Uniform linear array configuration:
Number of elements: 4
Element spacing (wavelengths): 0.5
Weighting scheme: cosine
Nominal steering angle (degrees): -30
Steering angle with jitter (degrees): -28.136
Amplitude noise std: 0.05
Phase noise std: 0.05

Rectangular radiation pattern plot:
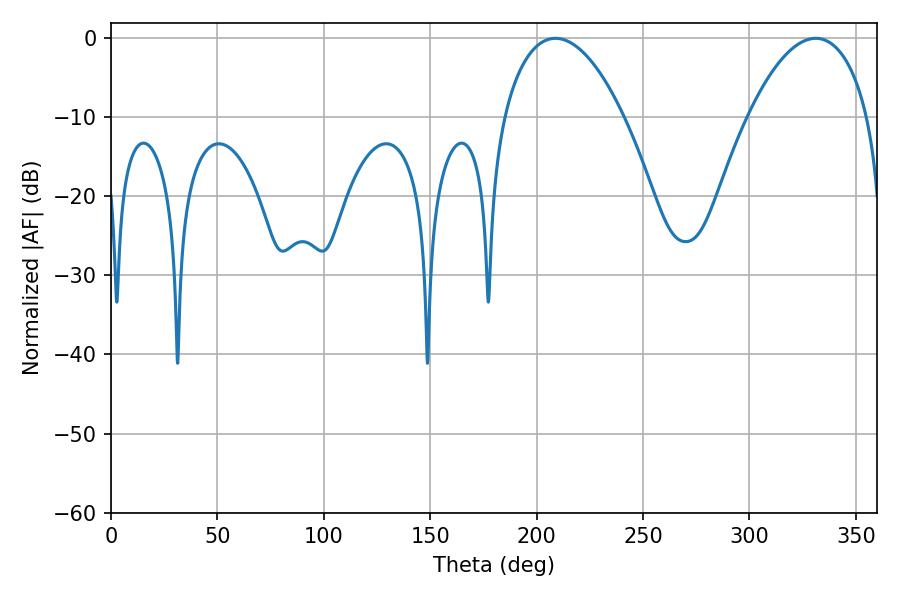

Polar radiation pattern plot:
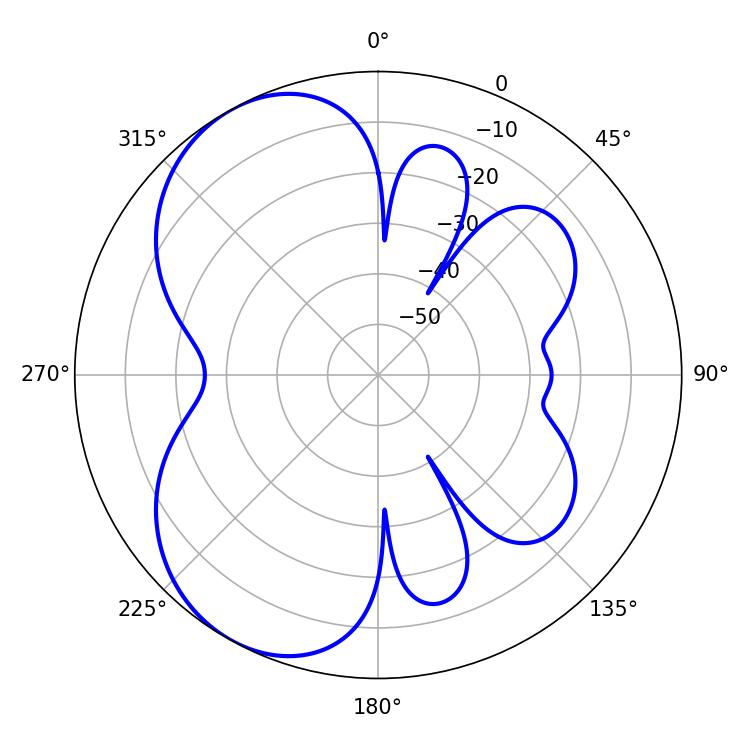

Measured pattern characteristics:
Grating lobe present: FALSE
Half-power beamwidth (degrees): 31.5
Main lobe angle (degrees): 208.8